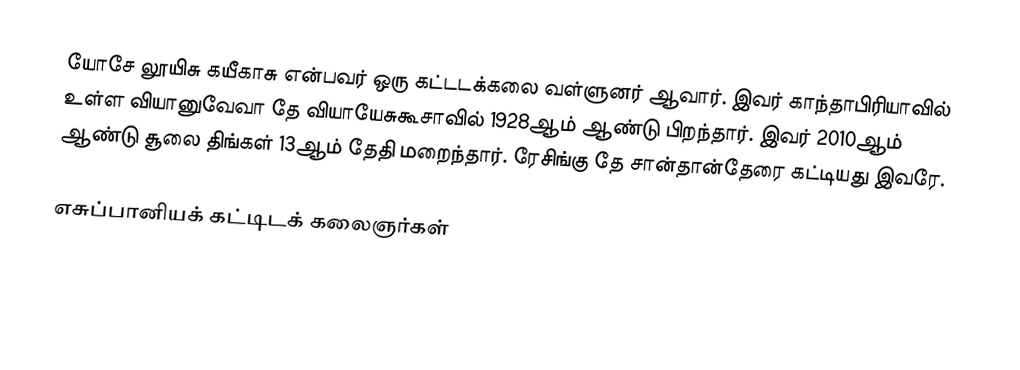
யோசே லூயிசு கயீகாசு என்பவர் ஒரு கட்டடக்கலை வள்ளுனர் ஆவார். இவர் காந்தாபிரியாவில் உள்ள வியானுவேவா தே வியாயேசுகூசாவில் 1928ஆம் ஆண்டு பிறந்தார். இவர் 2010ஆம் ஆண்டு சூலை திங்கள் 13ஆம் தேதி மறைந்தார். ரேசிங்கு தே சான்தான்தேரை கட்டியது இவரே.

எசுப்பானியக் கட்டிடக் கலைஞர்கள்